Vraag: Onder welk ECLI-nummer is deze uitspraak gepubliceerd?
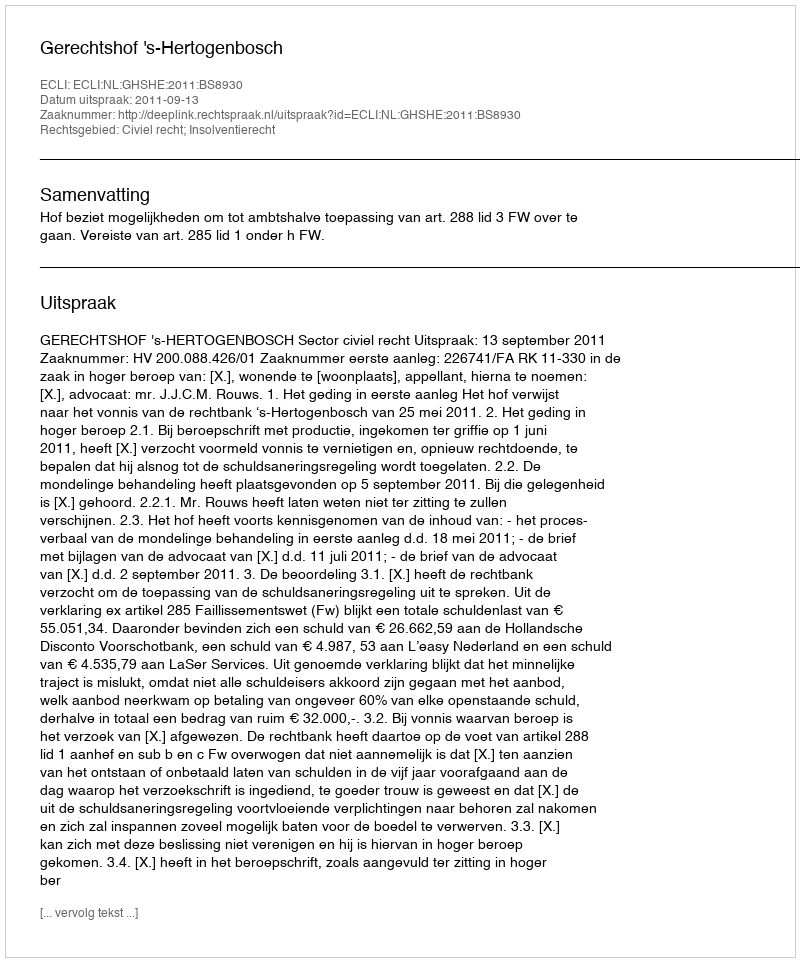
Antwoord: ECLI:NL:GHSHE:2011:BS8930